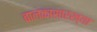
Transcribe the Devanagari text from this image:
बालकासारख्या